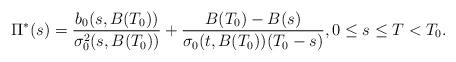
LaTeX: \begin{align*} \Pi^*(s)=\frac{b_0(s,B(T_0))}{\sigma^2_0(s,B(T_0))}+\frac {B(T_0)-B(s)}{\sigma_0(t,B(T_0))(T_0-s)},0 \leq s \leq T < T_0.\end{align*}